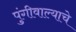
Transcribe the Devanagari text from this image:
पुंगीवाल्याचे